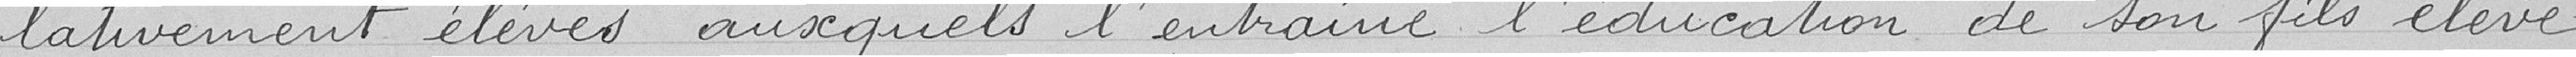
lativement élevés auxquels l'entraîne l'éducation de son fils élève